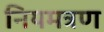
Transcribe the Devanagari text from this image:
नियमत्रण